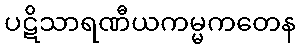
ပဋိသာရဏီယကမ္မကတေန